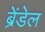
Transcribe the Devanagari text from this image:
ब्रेंडेल